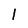
Character: 1